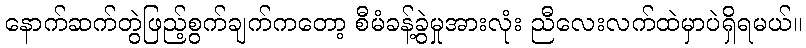
နောက်ဆက်တွဲဖြည့်စွက်ချက်ကတော့ စီမံခန့်ခွဲမှုအားလုံး ညီလေးလက်ထဲမှာပဲရှိရမယ်။